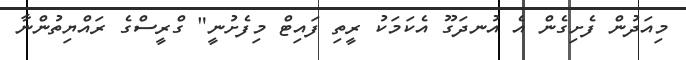
މިއަދުން ފެށިގެން އެ އުނދަގޫ އެކަމަކު ރީތި ފައިޓް މިފެށުނީ" ގްރީސްގެ ރައްޔިތުންނާ